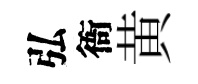
弘衙黄